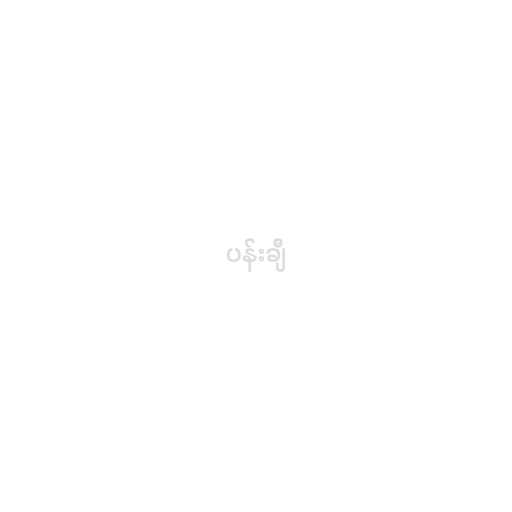
ပန်းချီ